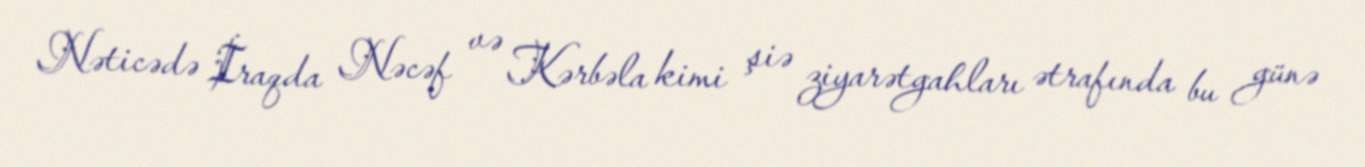
Nəticədə İraqda Nəcəf və Kərbəla kimi şiə ziyarətgahları ətrafında bu günə